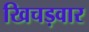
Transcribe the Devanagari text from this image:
खिचड़वार